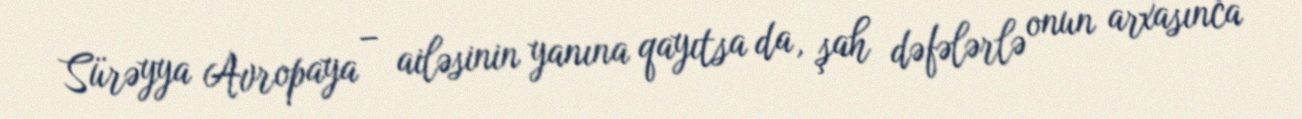
Sürəyya Avropaya – ailəsinin yanına qayıtsa da, şah dəfələrlə onun arxasınca